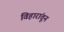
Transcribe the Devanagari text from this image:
विहारांतून